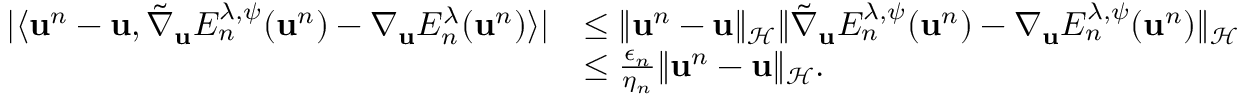
\begin{array} { r l } { | \langle { \bf u } ^ { n } - { \bf u } , \tilde { \nabla } _ { { \bf u } } E _ { n } ^ { \lambda , \psi } ( { \bf u } ^ { n } ) - \nabla _ { { \bf u } } E _ { n } ^ { \lambda } ( { \bf u } ^ { n } ) \rangle | } & { \leq \| { \bf u } ^ { n } - { \bf u } \| _ { \mathcal { H } } \| \tilde { \nabla } _ { { \bf u } } E _ { n } ^ { \lambda , \psi } ( { \bf u } ^ { n } ) - \nabla _ { { \bf u } } E _ { n } ^ { \lambda , \psi } ( { \bf u } ^ { n } ) \| _ { \mathcal { H } } } \\ & { \leq \frac { \epsilon _ { n } } { \eta _ { n } } \| { \bf u } ^ { n } - { \bf u } \| _ { \mathcal { H } } . } \end{array}